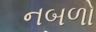
નબળો